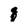
Character: q